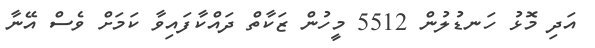
އަދި މޮޅު ހަނޑުލުން 5512 މީހުން ޒަކާތް ދައްކާފައިވާ ކަމަށް ވެސް އޭނާ